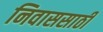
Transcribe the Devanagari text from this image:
निवाससाठी